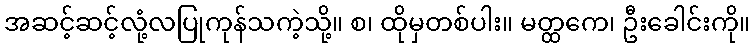
အဆင့်ဆင့်လုံ့လပြုကုန်သကဲ့သို့။ စ၊ ထိုမှတစ်ပါး။ မတ္ထကေ၊ ဦးခေါင်းကို။